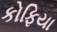
કોફિયા